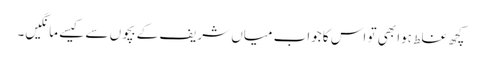
کچھ غلط ہوا بھی تو اس کا جواب میاں شریف کے بچوں سے کیسے مانگیں۔